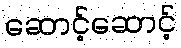
ဆောင့်ဆောင့်